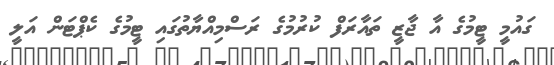
ގައުމީ ޓީމުގެ އާ ޖާޒީ ތައާރަފް ކުރުމުގެ ރަސްމިއްޔާތުގައި ޓީމުގެ ކެޕްޓަން އަލީ